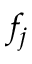
f _ { j }